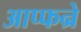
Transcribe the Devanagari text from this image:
आप्फन्रे